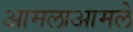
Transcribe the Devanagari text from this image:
आमलाआमले